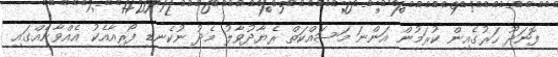
ފޮނަދޫ ހަރުގެއިން ކުރަމުން އަންނަ މަސައްކަތް ރެޔާދުވާލު މެދު ނުކެނޑި ފޯރިއާއެކު އެއްވާނެއްގައި